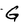
Character: G